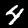
Label: 4